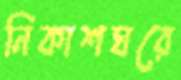
নিকাশঘরে